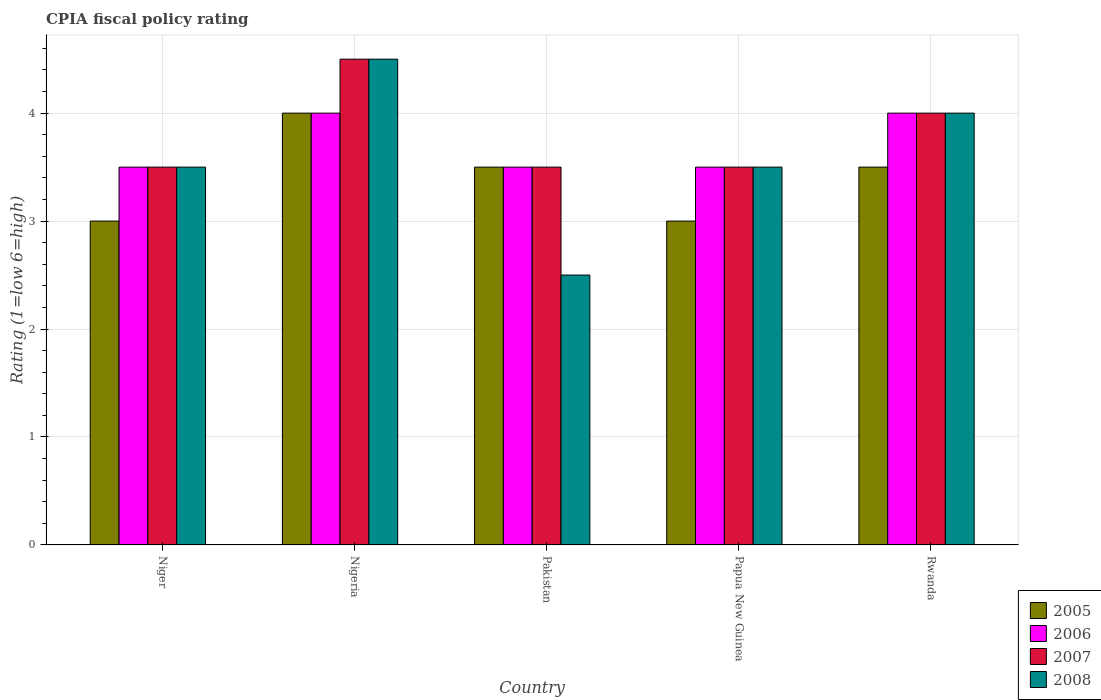
| Country | 2005 | 2006 | 2007 | 2008 |
 | --- | --- | --- | --- | --- |
 | Niger | 3 | 3.5 | 3.5 | 3.5 |
 | Nigeria | 4 | 4 | 4.5 | 4.5 |
 | Pakistan | 3.5 | 3.5 | 3.5 | 2.5 |
 | Papua New Guinea | 3 | 3.5 | 3.5 | 3.5 |
 | Rwanda | 3.5 | 4 | 4 | 4 |